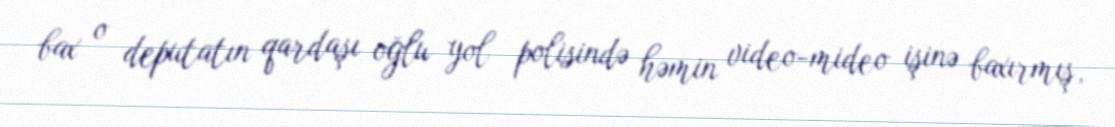
bax o deputatın qardaşı oğlu yol polisində həmin video-mideo işinə baxırmış,